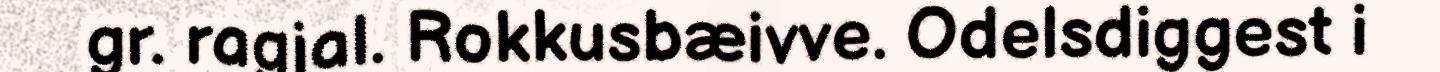
gr. ragjal. Rokkusbæivve. Odelsdiggest i